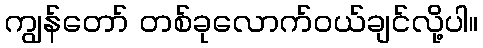
ကျွန်တော် တစ်ခုလောက်ဝယ်ချင်လို့ပါ။